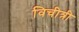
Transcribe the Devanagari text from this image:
विचीत्री